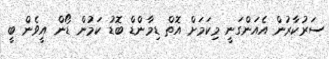
ސަރުކާރުން އެއަންގަނީ މިކަމަށް އޮތް ޑިމާންޑް ބޮޑު ކަމުން ޑޯން އީވެން ބީ